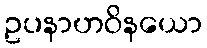
ဥပနာဟဝိနယော